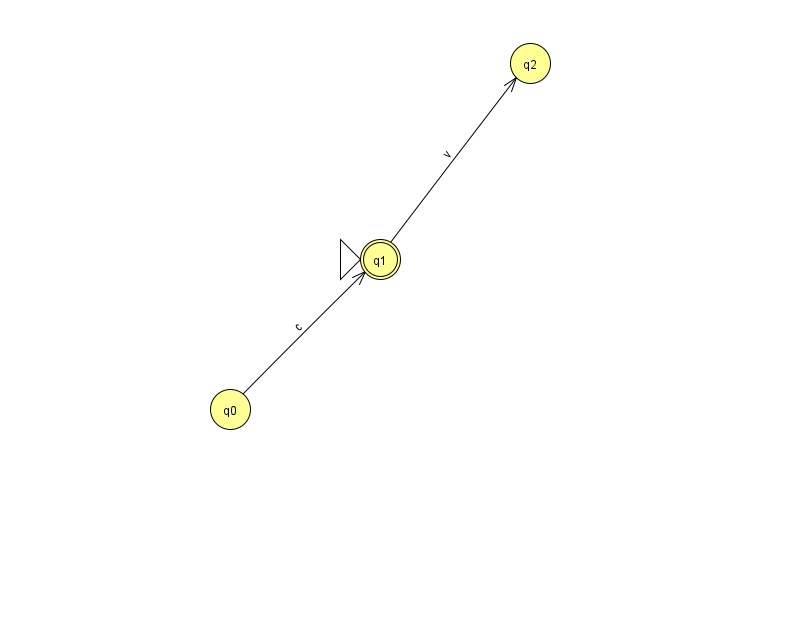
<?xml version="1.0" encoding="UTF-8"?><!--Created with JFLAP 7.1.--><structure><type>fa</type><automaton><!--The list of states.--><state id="0" name="q0"><x>230.0</x><y>396.0</y></state><state id="1" name="q1"><x>380.0</x><y>246.0</y><initial/><final/></state><state id="2" name="q2"><x>530.0</x><y>50.0</y></state><!--The list of transitions.--><transition><from>0</from><to>1</to><read>c</read></transition><transition><from>1</from><to>2</to><read>v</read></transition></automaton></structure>